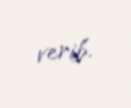
verib.